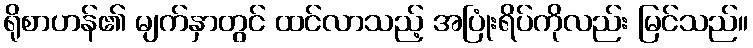
ရိုစာဟန်၏ မျက်နှာတွင် ထင်လာသည့် အပြုံးရိပ်ကိုလည်း မြင်သည်။